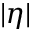
| \eta |